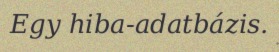
Egy hiba-adatbázis.